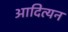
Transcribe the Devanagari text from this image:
आदित्यन